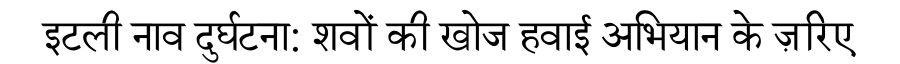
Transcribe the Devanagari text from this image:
इटली नाव दुर्घटना: शवों की खोज हवाई अभियान के ज़रिए